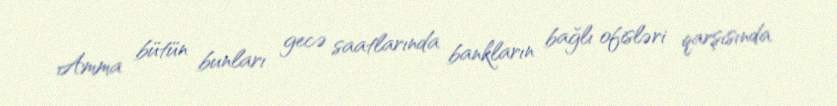
Amma bütün bunları gecə saatlarında bankların bağlı ofisləri qarşısında